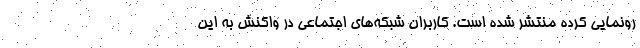
رونمایی کرده منتشر شده است. کاربران شبکه‌های اجتماعی در واکنش به این